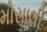
મોસાલી